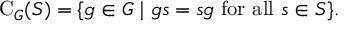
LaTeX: \mathrm { C } _ { G } ( S ) = \{ g \in G \mid g s = s g { \mathrm { ~ f o r ~ a l l ~ } } s \in S \} .